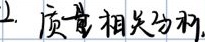
1. 质量相关分析